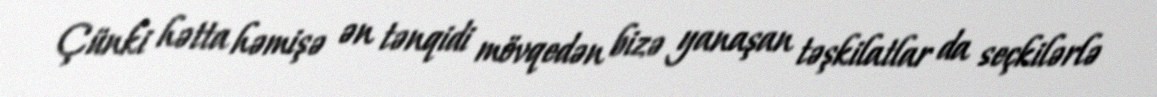
Çünki hətta həmişə ən tənqidi mövqedən bizə yanaşan təşkilatlar da seçkilərlə